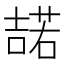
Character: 𭊡